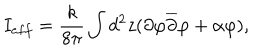
I _ { e f f } = \frac { k } { 8 \pi } \int d ^ { 2 } z ( \partial \varphi \overline { { { \partial } } } \varphi + \alpha \varphi ) ,